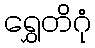
ရွှေတိဂုံ